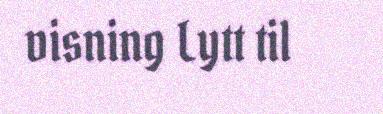
visning Lytt til